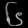
Digit: ၆